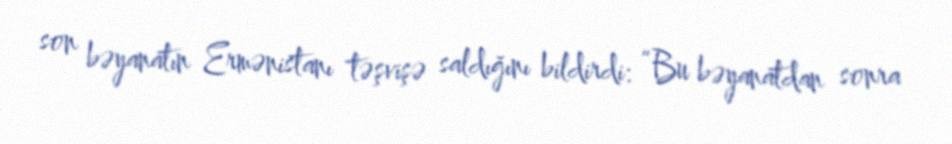
son bəyanatın Ermənistanı təşvişə saldığını bildirdi: “Bu bəyanatdan sonra